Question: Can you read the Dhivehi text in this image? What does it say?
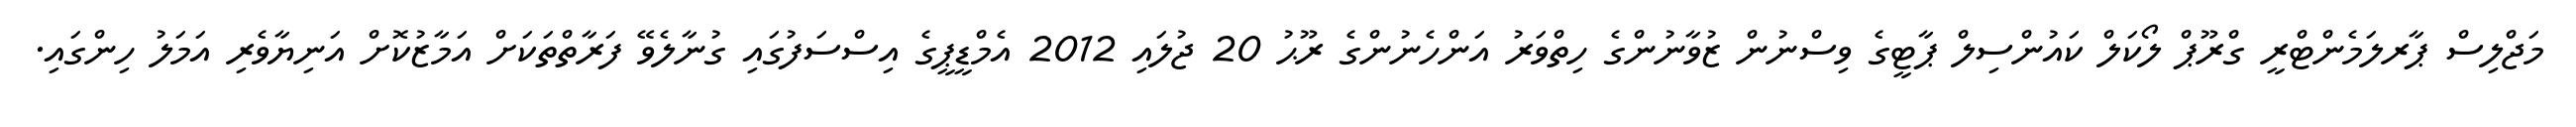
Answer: މަޖްލިސް ޕާރލަމެންޓްރީ ގްރޫޕް ލޯކަލް ކައުންސިލް ޕާޓީގެ ވިސްނުން ޒުވާނުންގެ ހިތްވަރު އަންހެނުންގެ ރޫޙު 20 ޖުލައި 2012 އެމްޑީޕީގެ އިސްސަފުގައި ގުނާލެވޭ ފަރާތްތަކަށް އަމާޒުކޮށް އަނިޔާވެރި އަމަލު ހިންގައި.